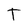
Character: T